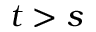
t > s